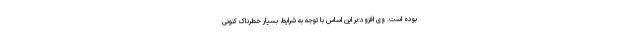
بوده است. وی افزود:بر این اساس با توجه به شرایط بسیار خطرناک کنونی